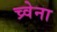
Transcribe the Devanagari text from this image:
च्र्वेना